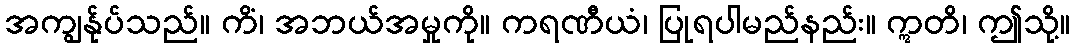
အကျွန်ုပ်သည်။ ကိံ၊ အဘယ်အမှုကို။ ကရဏီယံ၊ ပြုရပါမည်နည်း။ ဣတိ၊ ဤသို့။